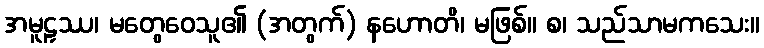
အမူဠှဿ၊ မတွေဝေသူ၏ (အတွက်) နဟောတိ၊ မဖြစ်။ စ၊ သည်သာမကသေး။